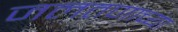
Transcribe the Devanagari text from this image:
जलतणाच्या